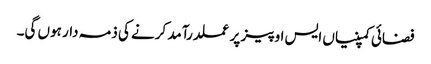
فضائی کمپنیاں ایس او پیز پر عملدرآمد کرنے کی ذمہ دار ہوں گی۔